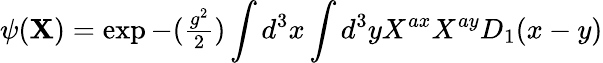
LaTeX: \psi({\mathbf X})=\exp{-({\textstyle{\frac{g^{2}}{2}}})\int d^{3}x\int d^{3}yX^{ax}X^{ay}D_{1}(x-y)}